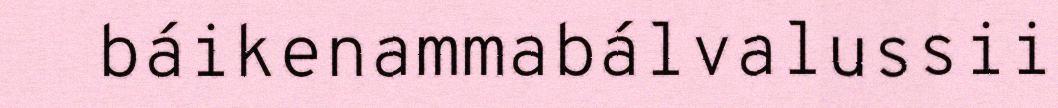
báikenammabálvalussii